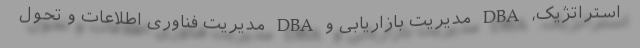
استراتژیک، DBA مدیریت بازاریابی و DBA مدیریت فناوری اطلاعات و تحول